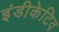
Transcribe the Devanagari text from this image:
इंडीकेटिव